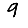
Digit: 9